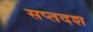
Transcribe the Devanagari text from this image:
सप्तदश